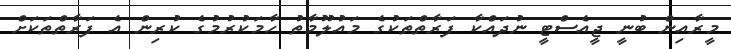
މީރާއިން ބުނީ ޖީއެސްޓީ ނުދައްކާ ފަރާތްތަކުގެ މައުލޫމާތު ހާމަކުރުމުގެ ކުރިން އެ ފަރާތްތަކަށް